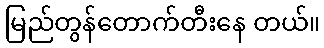
မြည်တွန်တောက်တီးနေ တယ်။